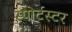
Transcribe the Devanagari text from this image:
स्पोर्टस्टर